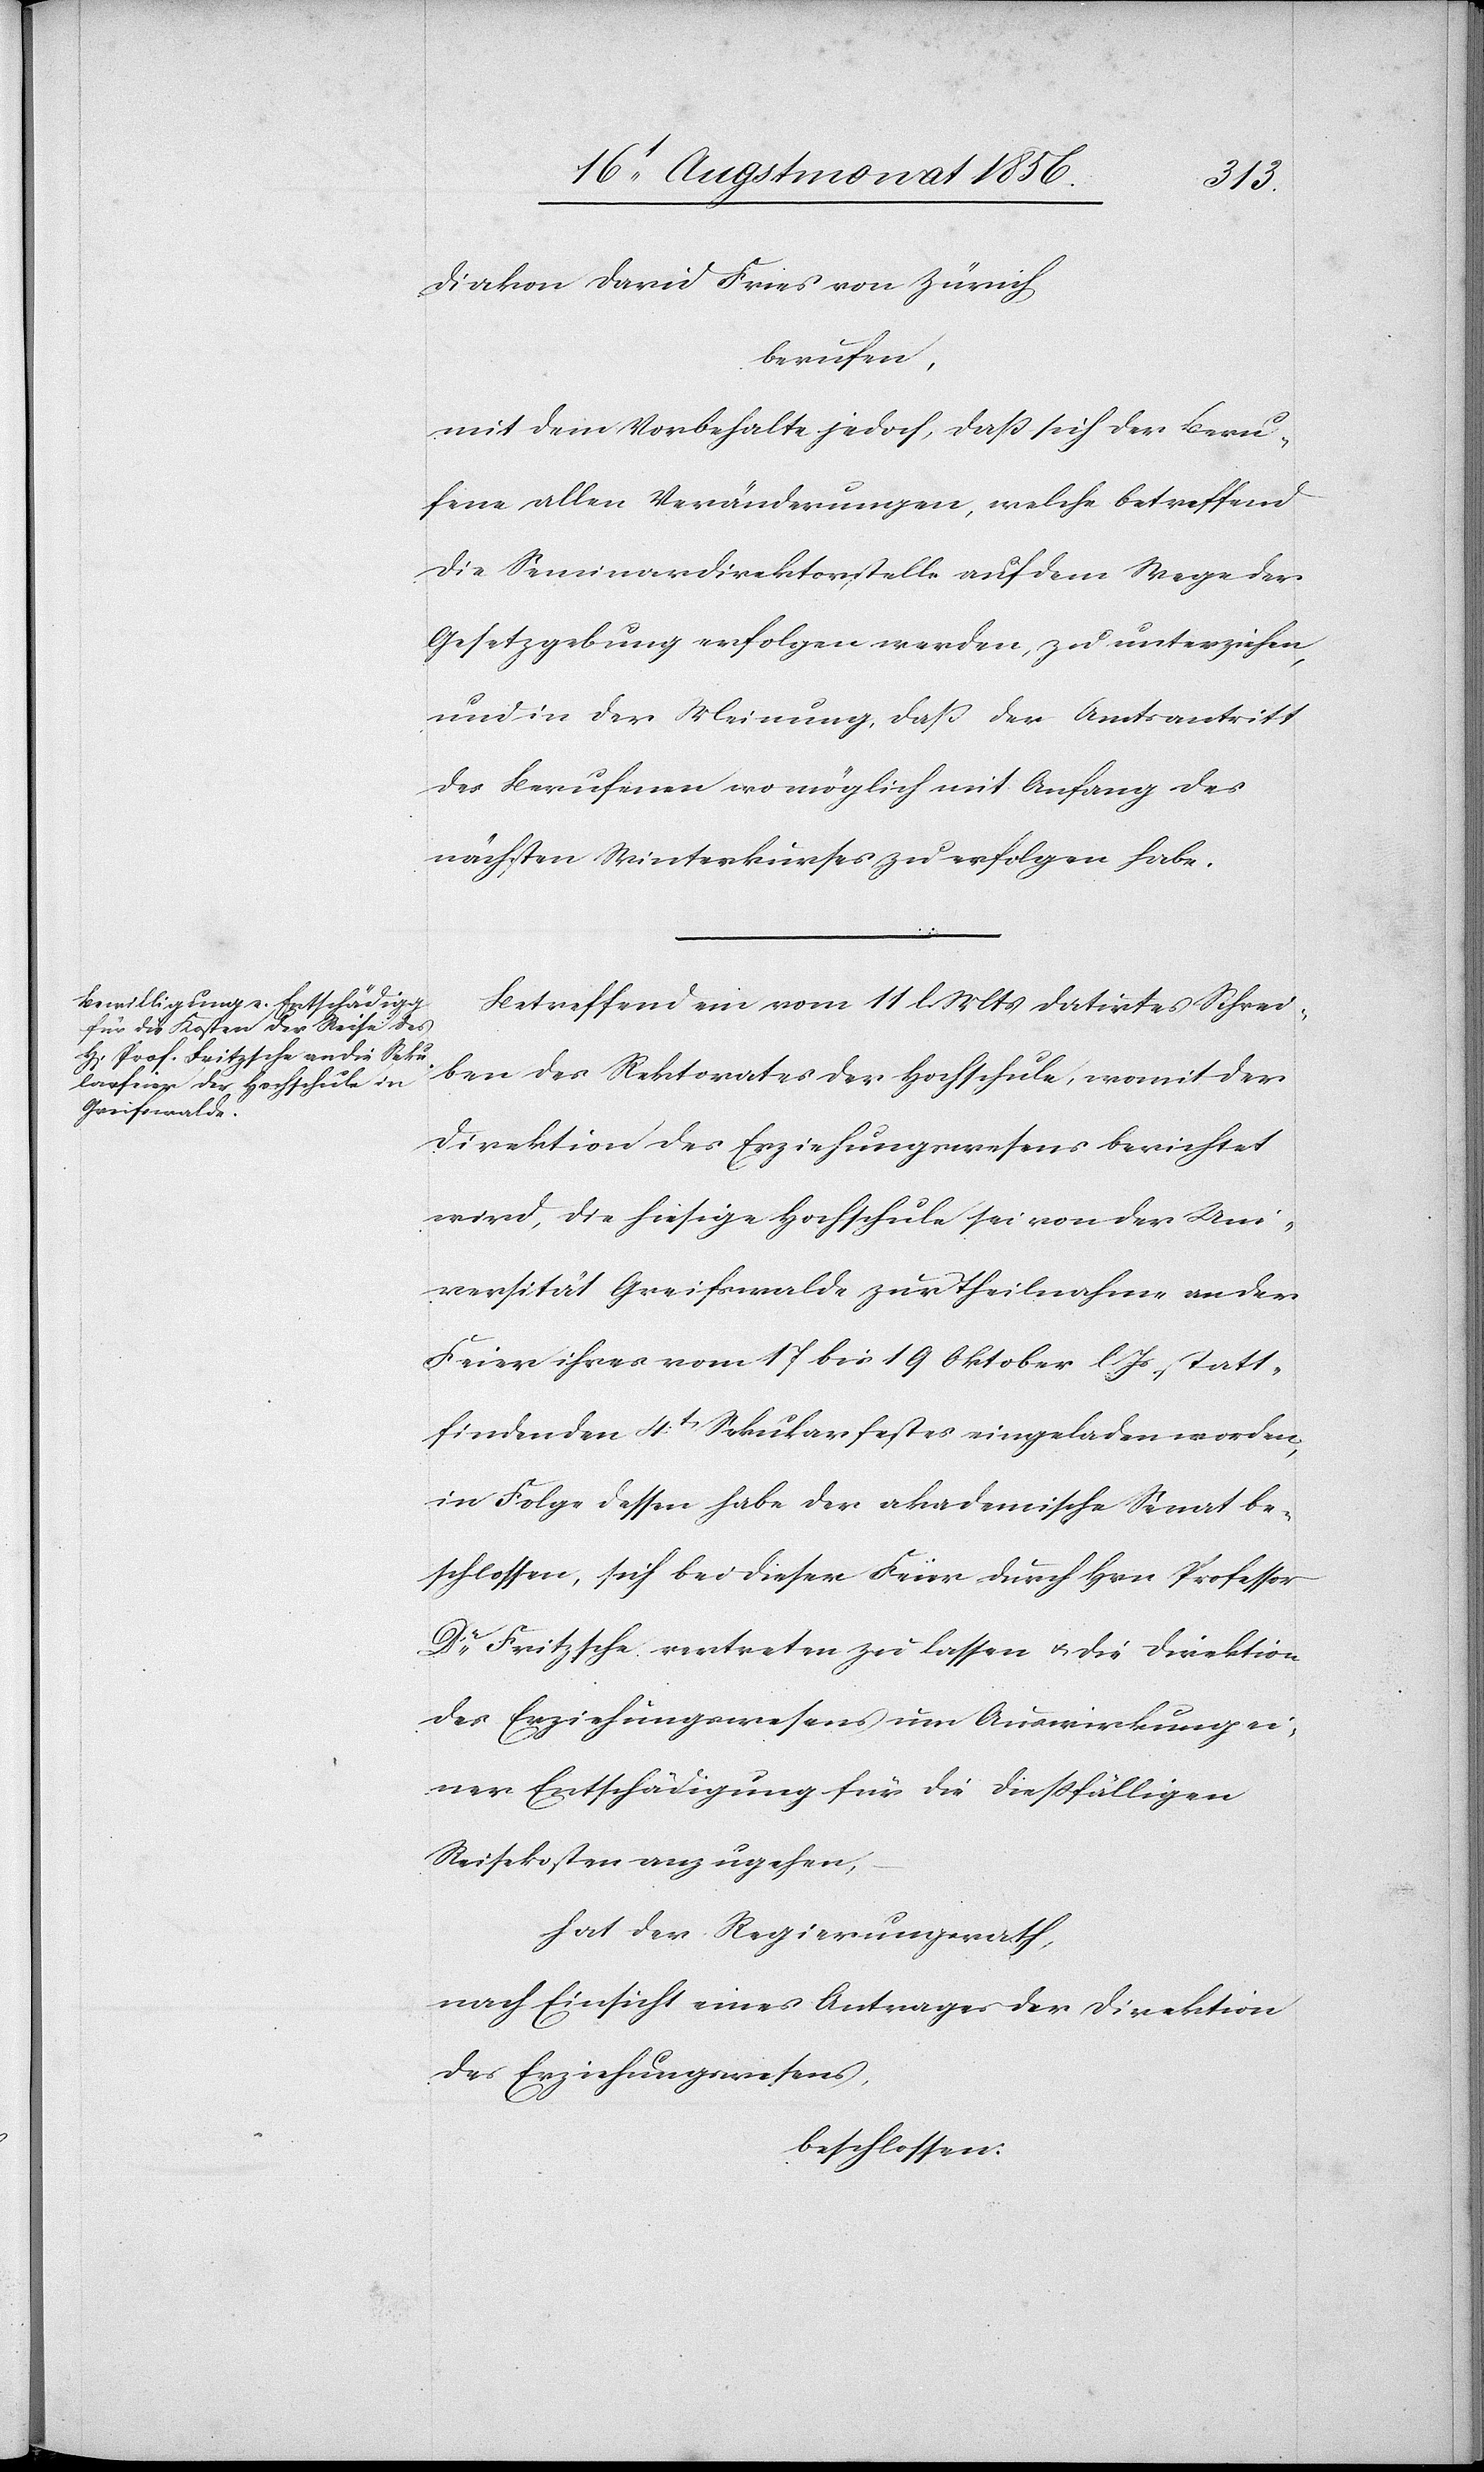
Diakon David Fries von Zürich
berufen,
mit dem Vorbehalte jedoch, dass sich der Beru¬
fene allen Veränderungen, welche betreffend
die Seminardirektorstelle auf dem Wege der
Gesetzgebung erfolgen werden, zu unterziehen,
und in der Meinung, dass der Amtsantritt
des Berufenen womöglich mit Anfang des
nächsten Winterkurses zu erfolgen habe.
Betreffend ein vom 11 l Mts datirtes Schrei¬
ben des Rektorates der Hochschule, womit der
Direktion des Erziehungswesens berichtet
wird, die hiesige Hochschule sei von der Uni¬
versität Greifswalde zur Theilnahme an der
Feier ihres vom 17 bis 19 Oktober l Js statt¬
findenden 4t Sekularfestes eingeladen worden,
in Folge dessen habe der akademische Senat be¬
schlossen, sich bei dieser Feier durch Hrn Professor
Dr Fritzsche vertreten zu lassen u. die Direktion
des Erziehungswesens um Auswirkung ei¬
ner Entschädigung für die diessfälligen
Reisekosten anzugehen,
hat der Regierungsrath,
nach Einsicht eines Antrages der Direktion
des Erziehungswesens,
beschlossen: